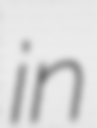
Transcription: in